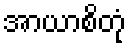
အာယာစိတုံ